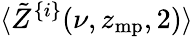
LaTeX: \langle\tilde{Z}^{\{ i\} }(\nu,z_{\mathrm{mp}},2)\rangle